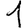
Digit: 1